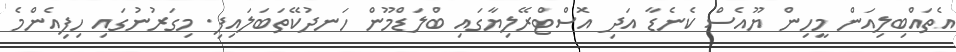
އެތައްބިލިއަން މީހިން ޔޫއެސް ކެނެޑާ އަދި އޮސްޓްރޭލިޔާގައި ބްލަޑްމޫން ހަނދުކޭތަބަލައިފި. މިގަރުނުގައި ހިފިއެންމެ